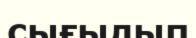
сығылып